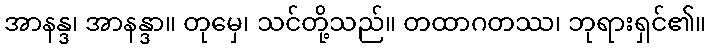
အာနန္ဒ၊ အာနန္ဒာ။ တုမှေ၊ သင်တို့သည်။ တထာဂတဿ၊ ဘုရားရှင်၏။